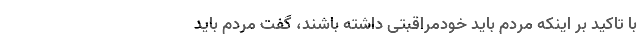
با تاکید بر اینکه مردم باید خودمراقبتی داشته باشند، گفت مردم باید